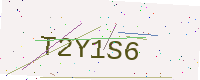
Text: T2Y1S6